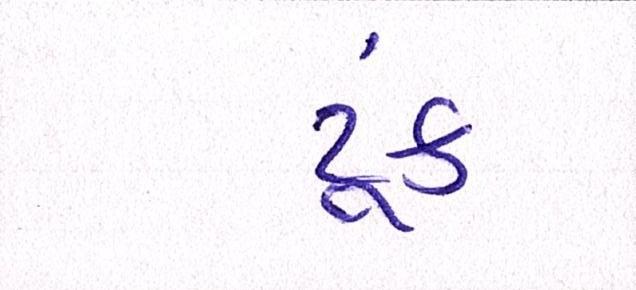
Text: ટૂંક